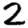
Digit: 2